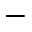
-